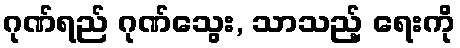
ဂုဏ်ရည် ဂုဏ်သွေး, သာသည့် ရေးကို